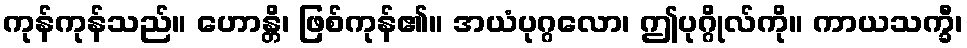
ကုန်ကုန်သည်။ ဟောန္တိ၊ ဖြစ်ကုန်၏။ အယံပုဂ္ဂလော၊ ဤပုဂ္ဂိုလ်ကို။ ကာယသက္ခီ၊